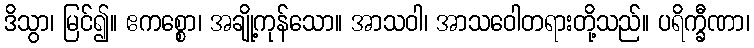
ဒိသွာ၊ မြင်၍။ ဧကစ္စော၊ အချို့ကုန်သော။ အာသဝါ၊ အာသဝေါတရားတို့သည်။ ပရိက္ခီဏာ၊